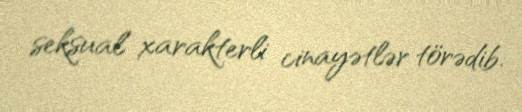
seksual xarakterli cinayətlər törədib.